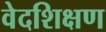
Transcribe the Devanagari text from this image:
वेदशिक्षण